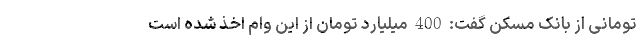
تومانی از بانک مسکن گفت: 400 میلیارد تومان از این وام اخذ شده است